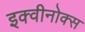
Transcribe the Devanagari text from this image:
इक्वीनोक्स